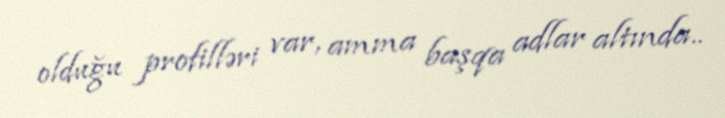
olduğu profilləri var, amma başqa adlar altında..